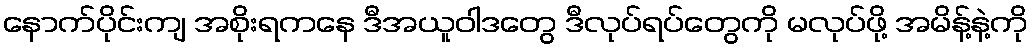
နောက်ပိုင်းကျ အစိုးရကနေ ဒီအယူဝါဒတွေ ဒီလုပ်ရပ်တွေကို မလုပ်ဖို့ အမိန့်နဲ့ကို